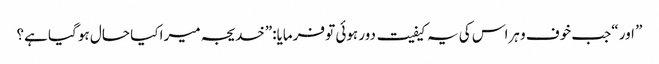
” اور “جب خوف و ہراس کی یہ کیفیت دور ہوئی تو فرمایا:”خدیجہ میرا کیا حال ہو گیا ہے؟